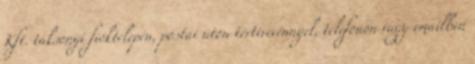
Kft. taksonyi fióktelepén, postai úton tértivevénnyel, telefonon vagy emailben